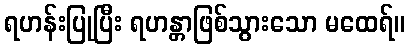
ရဟန်းပြုပြီး ရဟန္တာဖြစ်သွားသော မထေရ်။